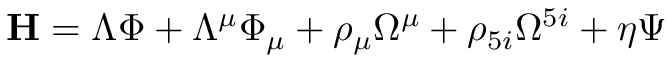
\mathrm { \bf { H } } = \Lambda { \Phi } + \Lambda ^ { \mu } { \Phi } _ { \mu } + \rho _ { \mu } \Omega ^ { \mu } + \rho _ { 5 i } \Omega ^ { 5 i } + \eta \Psi